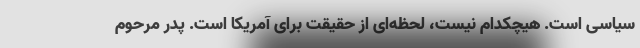
سیاسی است. هیچکدام نیست، لحظه‌ای از حقیقت برای آمریکا است. پدر مرحوم